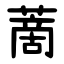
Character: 蔐